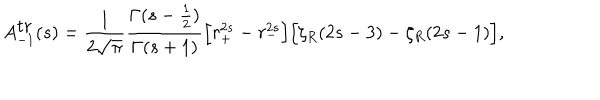
LaTeX: A _ { - 1 } ^ { \mathrm { t r } } ( s ) = { \frac { 1 } { 2 \sqrt { \pi } } } { \frac { \Gamma ( s - { \frac { 1 } { 2 } } ) } { \Gamma ( s + 1 ) } } \Bigr [ r _ { + } ^ { 2 s } - r _ { - } ^ { 2 s } \Bigr ] \Bigr [ \zeta _ { R } ( 2 s - 3 ) - \zeta _ { R } ( 2 s - 1 ) \Bigr ] ,